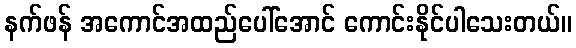
နက်ဖန် အကောင်အထည်ပေါ်အောင် ကောင်းနိုင်ပါသေးတယ်။